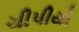
ચીપીયો